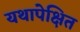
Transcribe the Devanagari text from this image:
यथापेक्षित